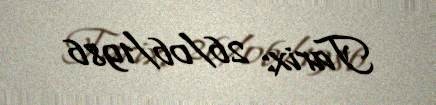
Tarix: 26/06/1986